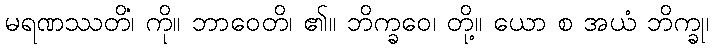
မရဏဿတိံ၊ ကို။ ဘာဝေတိ၊ ၏။ ဘိက္ခဝေ၊ တို့။ ယော စ အယံ ဘိက္ခု၊